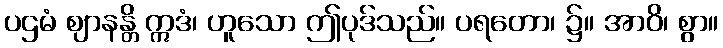
ပဌမံ ဈာနန္တိ ဣဒံ၊ ဟူသော ဤပုဒ်သည်။ ပရတော၊ ၌။ အာဝိ၊ စွာ။